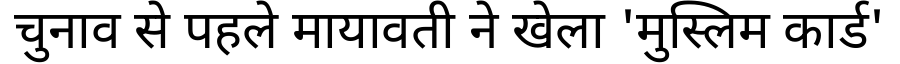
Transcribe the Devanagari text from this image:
चुनाव से पहले मायावती ने खेला 'मुस्लिम कार्ड'